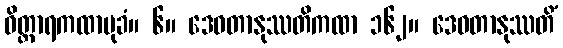
ဝိတ္ထာရကထာမုခံ။ ၆။ ဒေဝတာနုဿတိကထာ ၁၆၂။ ဒေဝတာနုဿတိံ